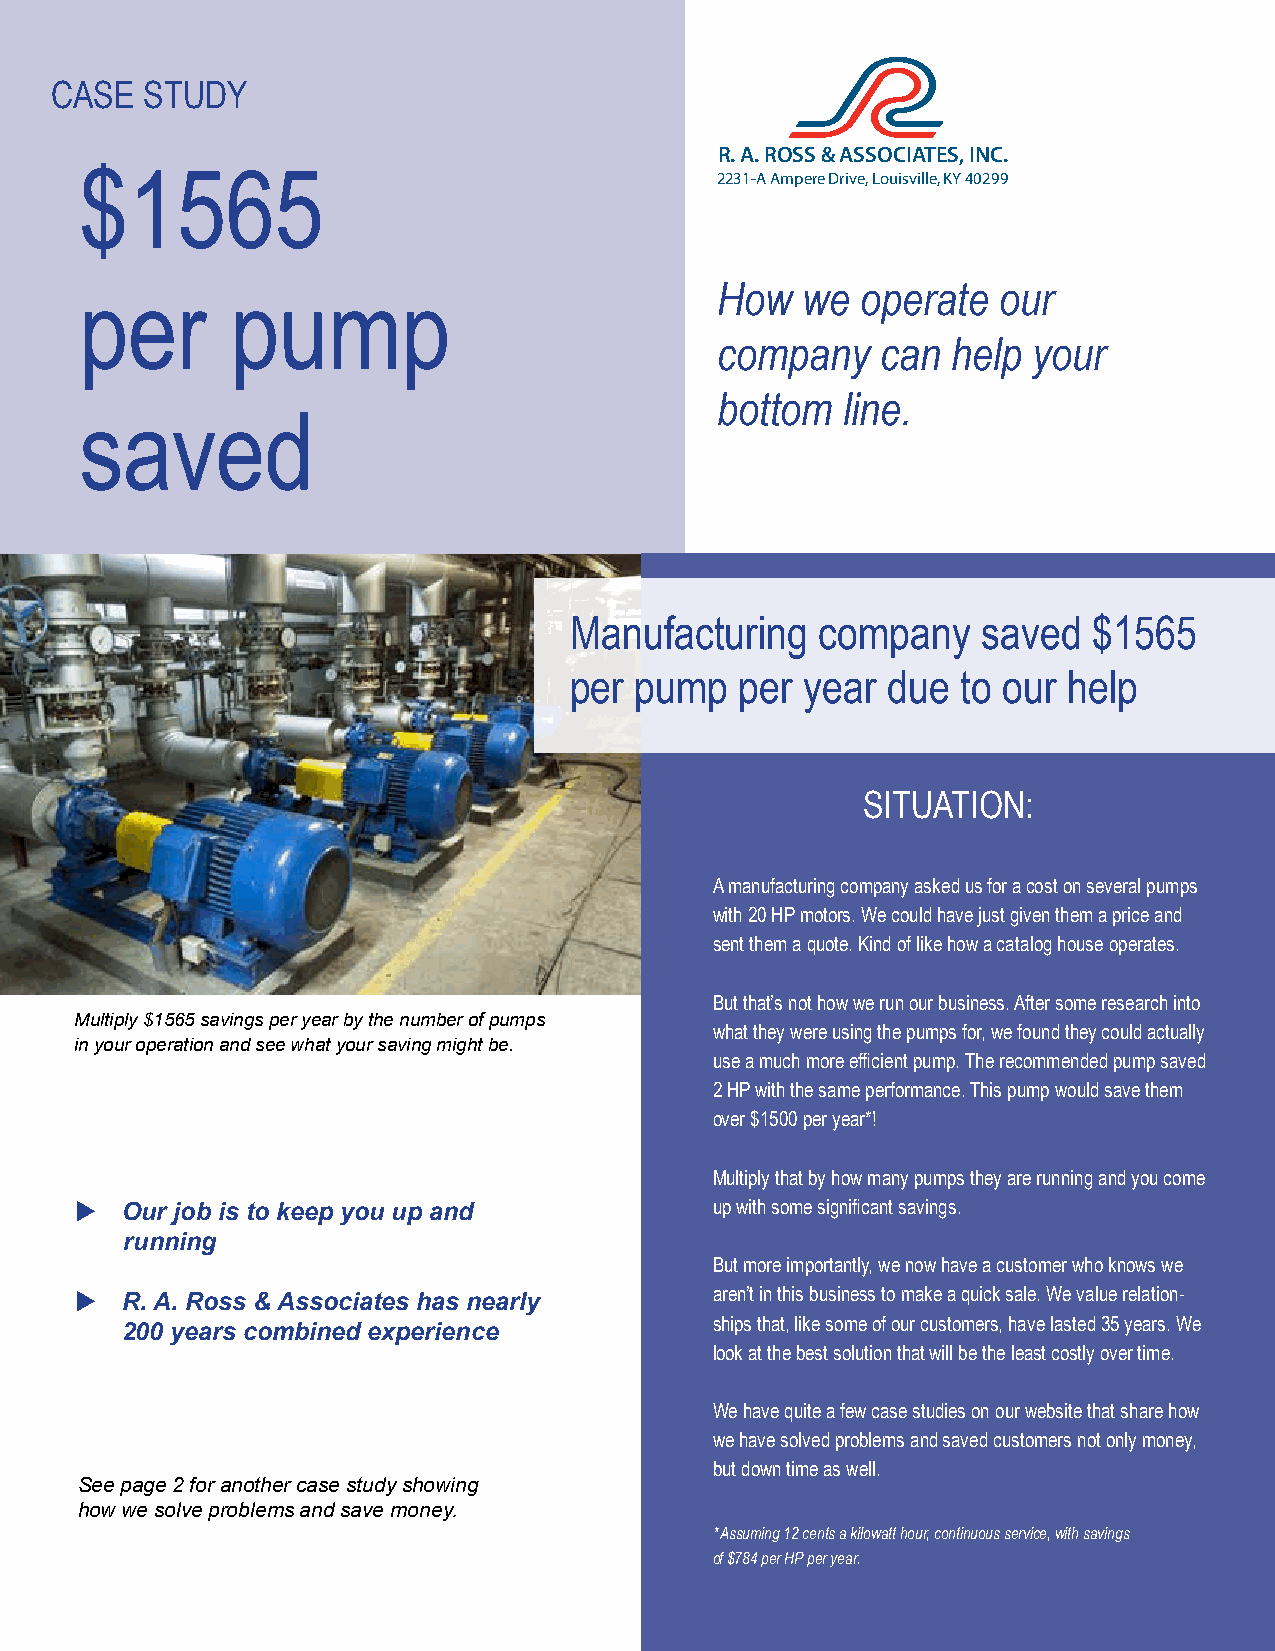
CASE   STUDY
 R. A. ROSS & ASSOCIATES, INC.
 $1565                                     2231-A Ampere Drive, Louisville, KY 40299
 How   we  operate  our
 per       pump
 company    can  help your
 bottom   line.
 saved
 Manufacturing   company    saved  $1565
 per pump   per year  due  to our help
 SITUATION:
 A manufacturing company asked us for a cost on several pumps
 with 20 HP motors. We could have just given them a price and
 sent them a quote. Kind of like how a catalog house operates.
 But that’s not how we run our business. After some research into
 Multiply $1565 savings per year by the number of pumps
 what they were using the pumps for, we found they could actually
 in your operation and see what your saving might be.
 use a much more efficient pump. The recommended pump saved
 2 HP with the same performance. This pump would save them
 over $1500 per year*!
 Multiply that by how many pumps they are running and you come
 u    Our job is to keep you up and        up with some significant savings.
 running
 But more importantly, we now have a customer who knows we
 u  R. A. Ross & Associates has nearly     aren’t in this business to make a quick sale. We value relation-
 ships that, like some of our customers, have lasted 35 years. We
 200 years combined experience
 look at the best solution that will be the least costly over time.
 We have quite a few case studies on our website that share how
 we have solved problems and saved customers not only money,
 but down time as well.
 See page 2 for another case study showing
 how we solve problems and save money.
 * Assuming 12 cents a kilowatt hour, continuous service, with savings
 of $784 per HP per year.